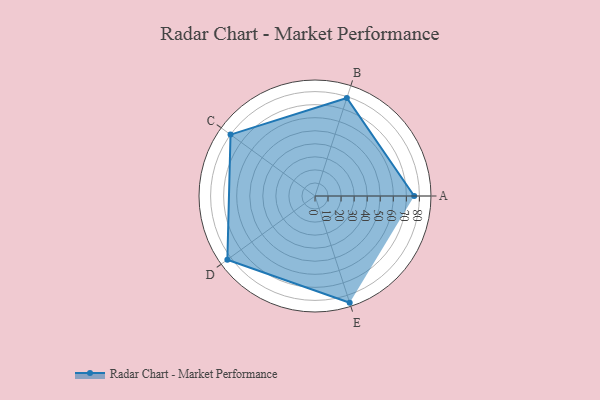
{"axis": {"x": "Skill", "y": "Score"}, "legend": ["Profile"], "data": [{"x": "A", "y": 76.0, "type": "Profile"}, {"x": "B", "y": 79.0, "type": "Profile"}, {"x": "C", "y": 80.0, "type": "Profile"}, {"x": "D", "y": 83.0, "type": "Profile"}, {"x": "E", "y": 86.0, "type": "Profile"}]}